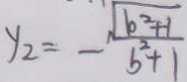
y _ { 2 } = - \frac { \sqrt { b ^ { 2 } + 1 } } { b ^ { 2 } + 1 }